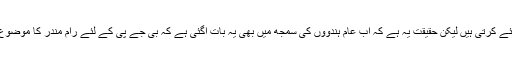
ظاہر ہے وہ یہ کام محض اپنے فرقہ پرست ووٹ بینک کو مضبوط کرنے کے لئے کرتی ہیں لیکن حقیقت یہ ہے کہ اب عام ہندوؤں کی سمجھ میں بھی یہ بات آگئی ہے کہ بی جے پی کے لئے رام مندر کا موضوع ایک سیاسی ہتھکنڈہ ہے اور وہ اس مسئلے کو حل کرنے کے حق میں نہیں ہے۔